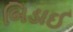
બિડાઈ